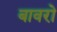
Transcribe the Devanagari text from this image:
बावरो